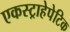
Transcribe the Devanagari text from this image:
एकस्ट्राहेपेटिक